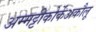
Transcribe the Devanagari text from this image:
अम्मट्टीकोर्केअकौलू